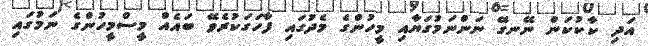
އަދި ކާކުކަން ނޭނގޭ ނަންނަމުގަޔާއި މީހުންގެ މެދުގައި ފާހަގަކުރެވޭ ބައެއް މީސްމީހުންގެ ނަމުގައި